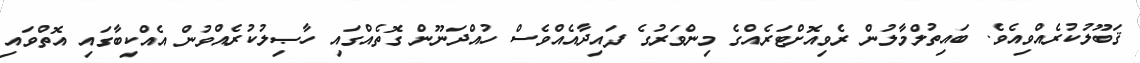
ޤަބޫލުކުރެއްވިއެވެ. ބައިތުލްމާލުން ރެވިއޮށްޓަރެއްގެ މިންވަރުގެ ފައިދާއެއްވެސް ހުއްދަނޫން ގޮތެއްގައި ހާޞިލުކުރެއްވުން އެއްކިބާގައި އޮތްވައި